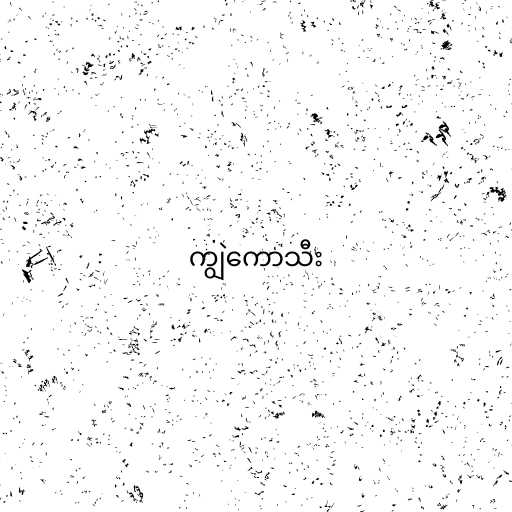
ကျွဲကောသီး